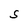
Character: S